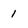
Character: 1